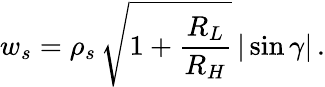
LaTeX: w_{s}=\rho_{s}\, \sqrt{1+\frac{R_{L}}{R_{H}}}\, |\sin\gamma|\, .